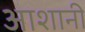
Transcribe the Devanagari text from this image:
आशानी